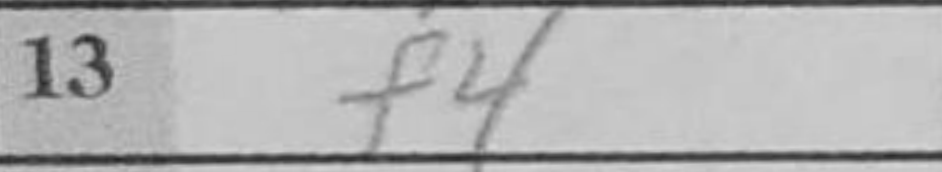
Transcription: f4